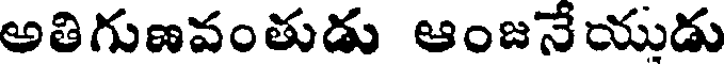
అతిగుణవంతుడు ఆంజనేయుడు